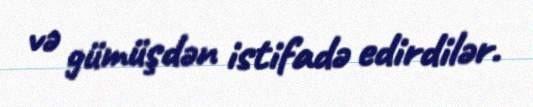
və gümüşdən istifadə edirdilər.